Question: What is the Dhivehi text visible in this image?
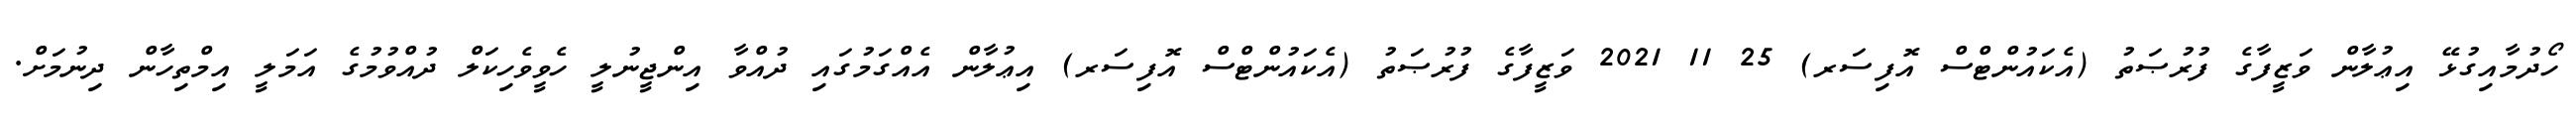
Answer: ހޯދުމާއިގުޅޭ އިޢުލާން ވަޒީފާގެ ފުރުޞަތު (އެކައުންޓްސް އޮފިސަރ) 25 11 2021 ވަޒީފާގެ ފުރުޞަތު (އެކައުންޓްސް އޮފިސަރ) އިޢުލާން އެއްގަމުގައި ދުއްވާ އިންޖީނުލީ ހެވީވެހިކަލް ދުއްވުމުގެ އަމަލީ އިމްތިހާން ދިނުމަށް.